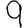
Digit: 9